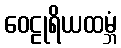
ဝေဠုရိယထမ္ဘံ